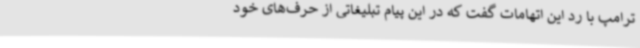
ترامپ با رد این اتهامات گفت که در این پیام تبلیغاتی از حرف‌های خود